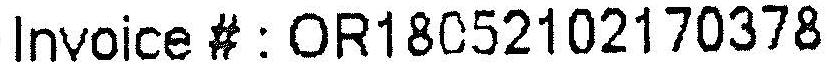
INVOICE # : OR18052102170378